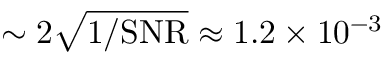
\sim 2 \sqrt { 1 / \mathrm { { S N R } } } \approx 1 . 2 \times 1 0 ^ { - 3 }